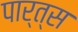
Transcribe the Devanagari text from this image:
पार्त्स